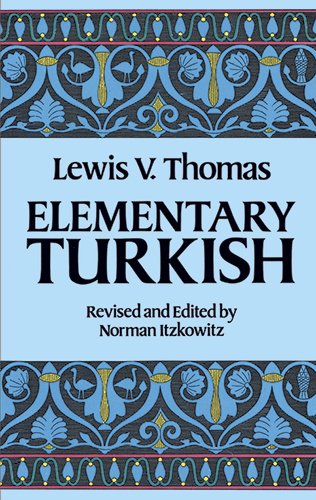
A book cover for Elementary Turkish (Dover Language Guides); Lewis V. Thomas; Reference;